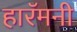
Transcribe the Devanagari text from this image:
हारॅमनी